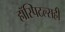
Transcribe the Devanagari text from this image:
हॉस्पिटल्सही